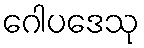
ဂေါပဒေသု